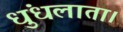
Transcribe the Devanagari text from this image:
धुंधलाता।